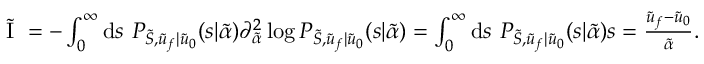
\begin{array} { r } { \tilde { \mathrm { ~ I ~ } } = - \int _ { 0 } ^ { \infty } \mathrm { d } s \ P _ { \tilde { S } , \tilde { u } _ { f } | \tilde { u } _ { 0 } } ( s | \tilde { \alpha } ) \partial _ { \tilde { \alpha } } ^ { 2 } \log P _ { \tilde { S } , \tilde { u } _ { f } | \tilde { u } _ { 0 } } ( s | \tilde { \alpha } ) = \int _ { 0 } ^ { \infty } \mathrm { d } s \ P _ { \tilde { S } , \tilde { u } _ { f } | \tilde { u } _ { 0 } } ( s | \tilde { \alpha } ) s = \frac { \tilde { u } _ { f } - \tilde { u } _ { 0 } } { \tilde { \alpha } } . } \end{array}